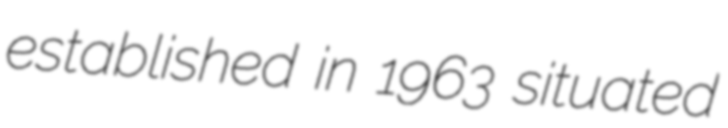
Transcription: established in 1963 situated